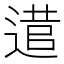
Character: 𨕃